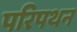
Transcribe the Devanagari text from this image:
परिपथन